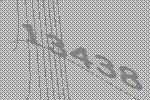
13438